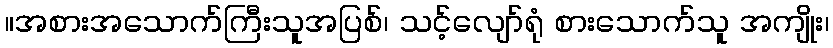
။အစားအသောက်ကြီးသူအပြစ်၊ သင့်လျော်ရုံ စားသောက်သူ အကျိုး၊